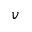
v